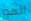
الهدر